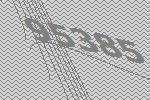
95385